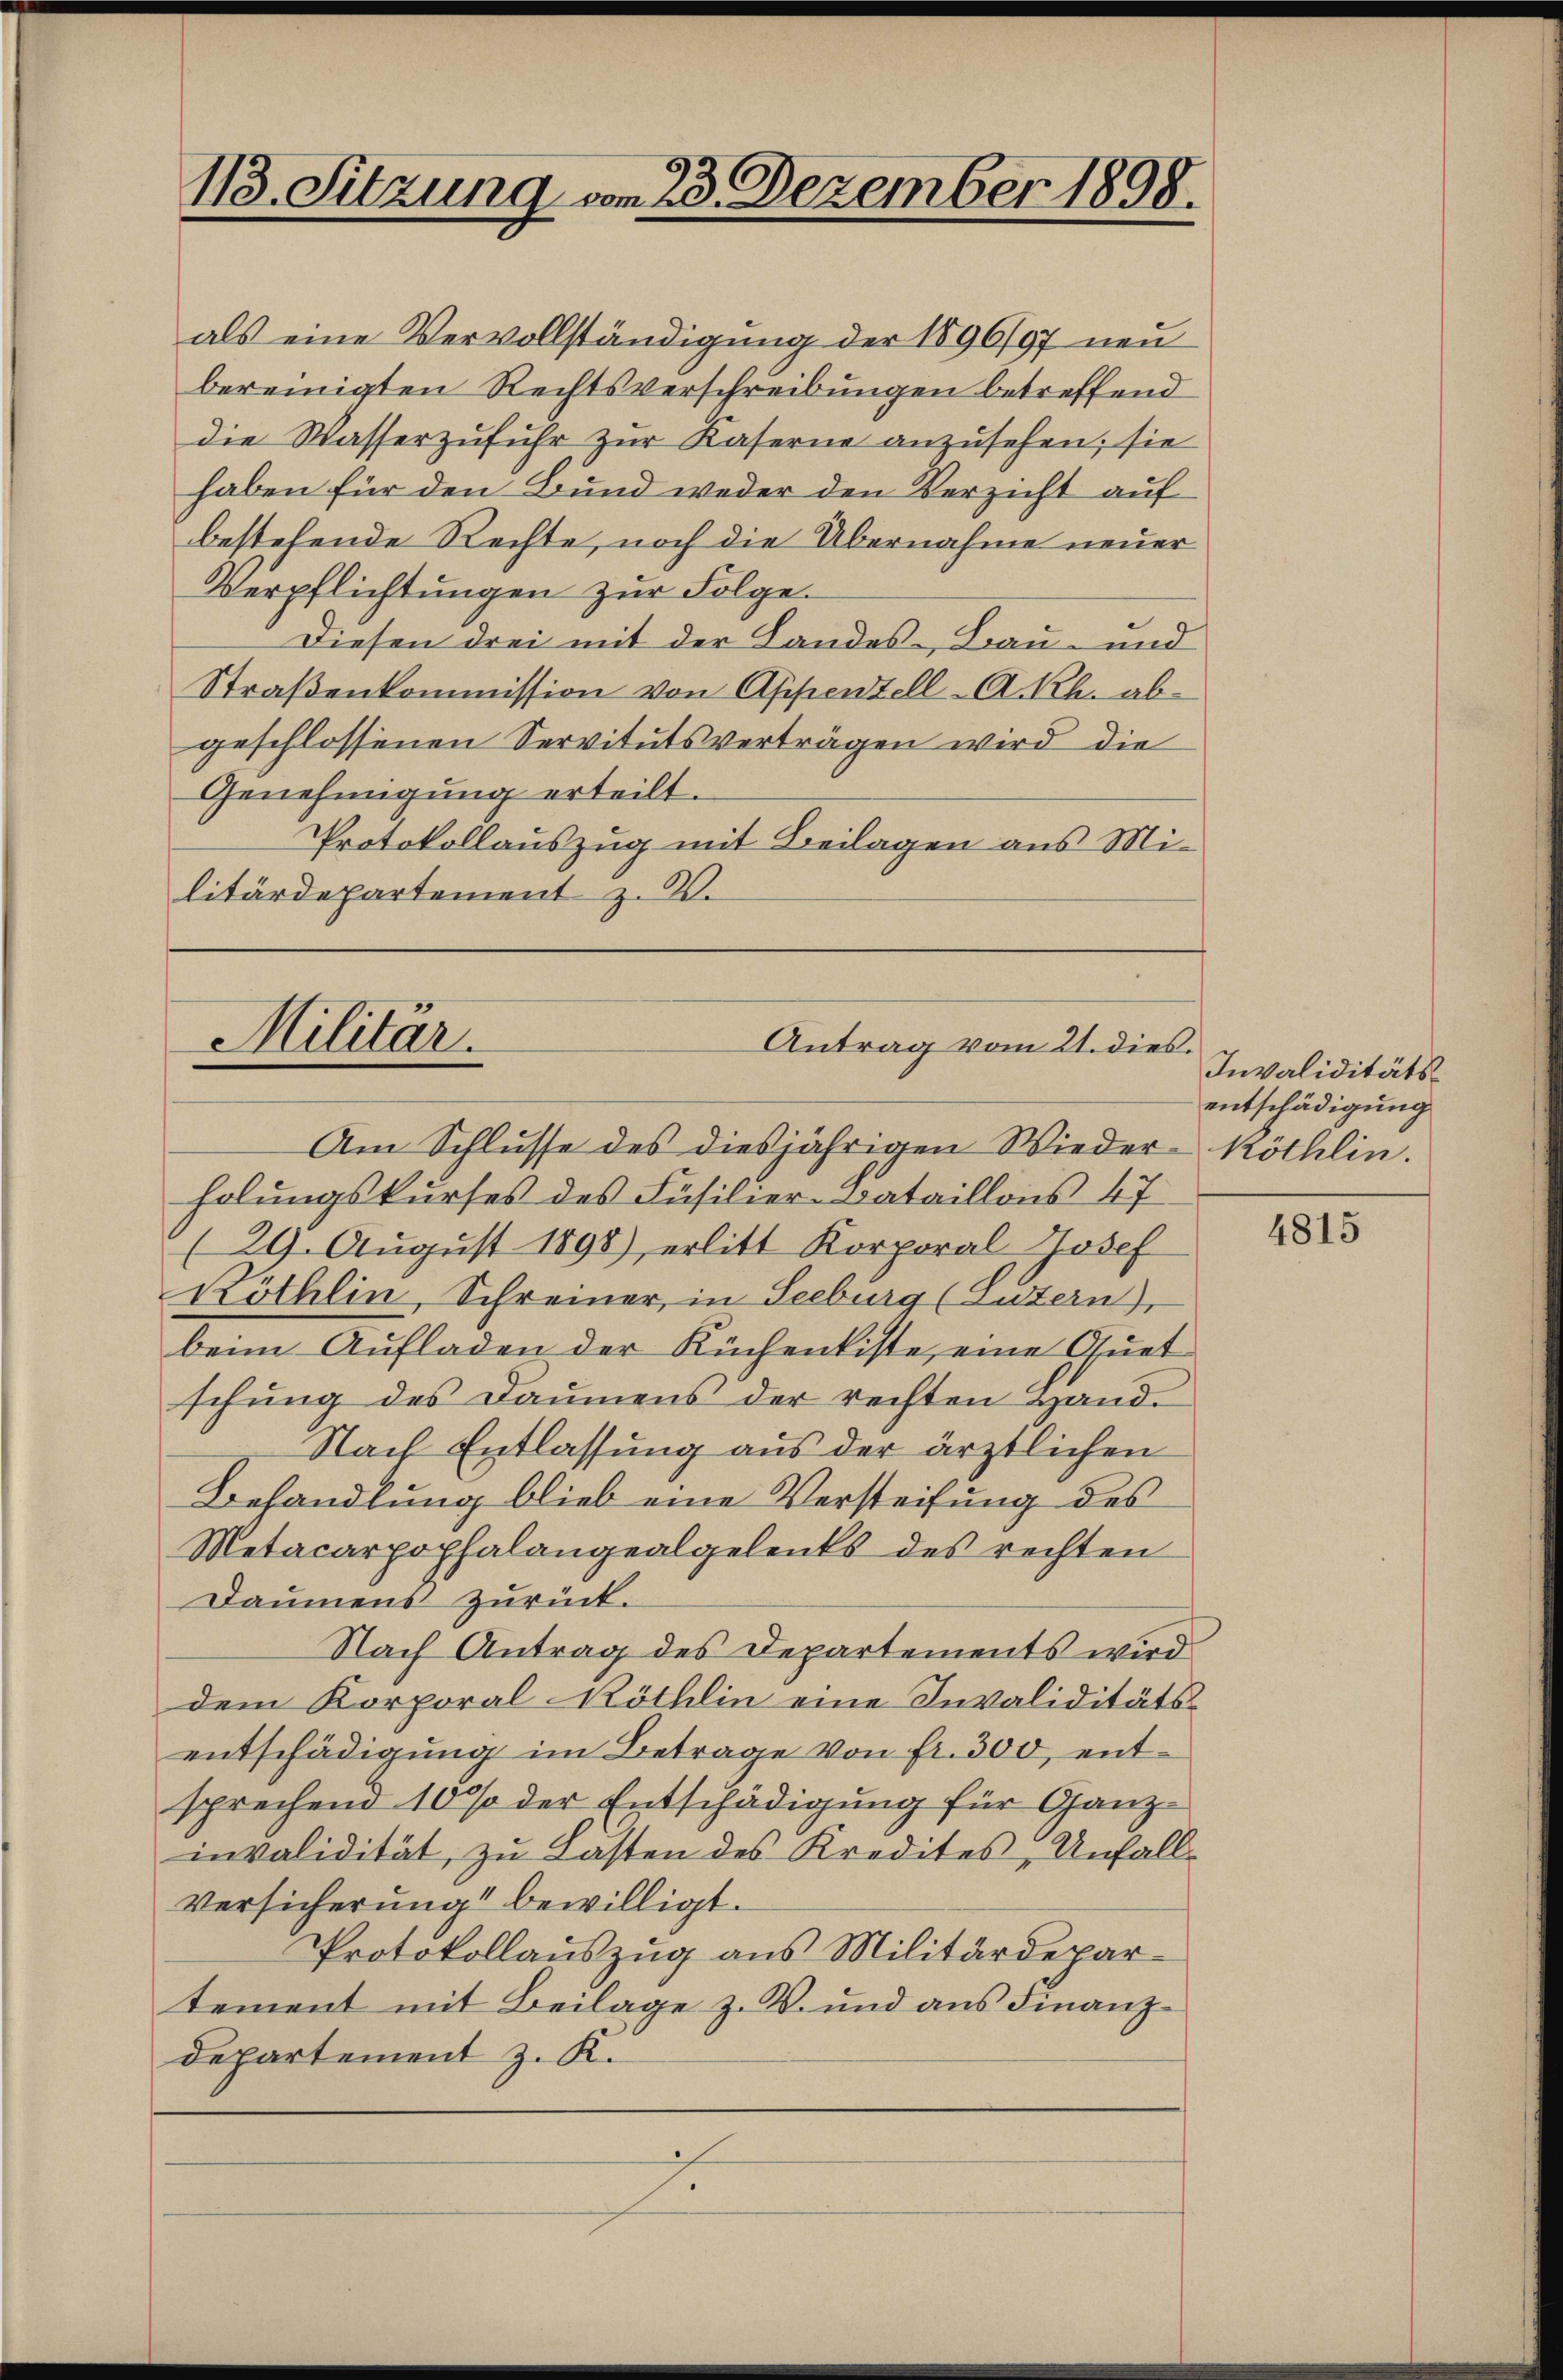
118. Sitzung vom 23. Dezember 1898.

als eine Vervollständigung der 1896/97 neu
bereinigten Rechtsverschreibungen betreffend
die Wasserzufuhr zur Kaserne anzusehen; sie
haben für den Bund weder den Verzicht auf
bestehende Rechte, noch die Übernahme neuer
Verpflichtungen zur Folge.
Diesen drei mit der Landes-Bau- und
Straßenkommission von Appenzell A.-Rh. abgeschlossenen Servitutsverträgen wird die
Genehmigung erteilt.
Protokollauszug mit Beilagen aus Militärdepartement z. B.

Am Schlusse des diesjährigen Wieder-Köthlin.
holungskurses des Füsilier-Bataillons 47
(29. August 1898), erlitt Korporal Hosef
Köthlin, Schreiner, in Seeburg (Sutern),
beim Aufladen der Küchentiste, eine Quet
schung des Daumens der rechten Hand¬
Nach Entlassung aus der ärztlichen
Behandlung blieb eine Versteifung des
Metacarpophalangealgelents des rechten
Daumens zurück.
Nach Antrag des Departements wird
dem Korporal-Röthlin eine Invaliditätsentschädigung im Betrage von fr. 300, entsprechend 10 % der Entschädigung für Ganz
invalidität, zu Lasten des Kredites, Unfall
Versicherung bewilligt.
Protokollauszug aus Militärdepartement mit Beilage z. B. und aus Finanzdepartement z. K.

Militär.
Antrag vom 21. dies.

Invaliditätsentschädigung

4815